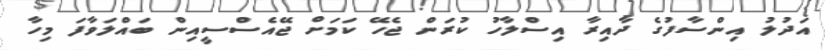
އަދުލު އިންސާފުގެ ދާއިރާ އިސްލާހު ކުރަން ޖެހޭ ކަމަށް ޖޭއެސްސީއިން ބައްލަވާފަ މިހާ